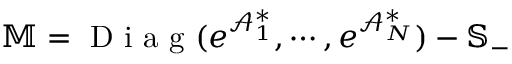
\mathbb { M } = \mathrm { ~ D ~ i ~ a ~ g ~ } ( e ^ { \mathcal { A } _ { 1 } ^ { \ast } } , \cdots , e ^ { \mathcal { A } _ { N } ^ { \ast } } ) - \mathbb { S } _ { - }